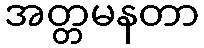
အတ္တမနတာ